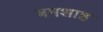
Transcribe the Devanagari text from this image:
बमशाह